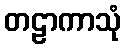
တဠာကာသုံ